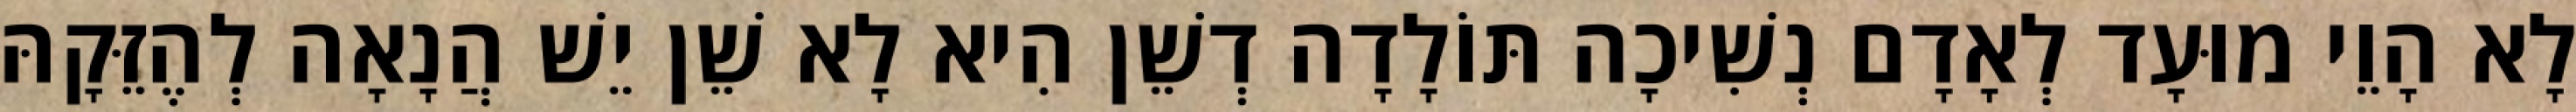
לָא הָוֵי מוּעָד לְאָדָם נְשִׁיכָה תּוֹלָדָה דְשֵׁן הִיא לָא שֵׁן יֵשׁ הֲנָאָה לְהֶזֵּקָהּ